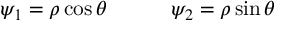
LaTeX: \psi _ { 1 } = \rho \cos \theta \qquad \quad \psi _ { 2 } = \rho \sin \theta